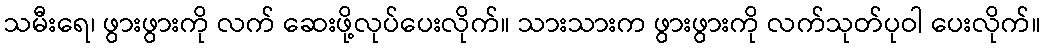
သမီးရေ၊ ဖွားဖွားကို လက် ဆေးဖို့လုပ်ပေးလိုက်။ သားသားက ဖွားဖွားကို လက်သုတ်ပုဝါ ပေးလိုက်။